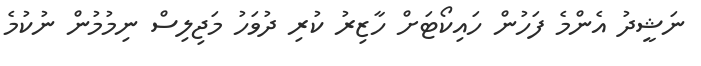
ނަޝީދު އެންމެ ފަހުން ހައިކޯޓަށް ހާޒިރު ކުރި ދުވަހު މަޖިލިސް ނިމުމުން ނުކުމެ